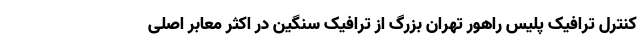
کنترل ترافیک پلیس راهور تهران بزرگ از ترافیک سنگین در اکثر معابر اصلی